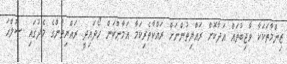
ޒިންމާތަކަކާ ވާޖިބުތައް އަދާކޮށް ރައްޔިތުންނަށް ރައްކާތެރިކަމާ އަމާންކަން ހޯދައިދީ ރައްޔިތުންގެ މެދުގައި ޞުލްޙަ